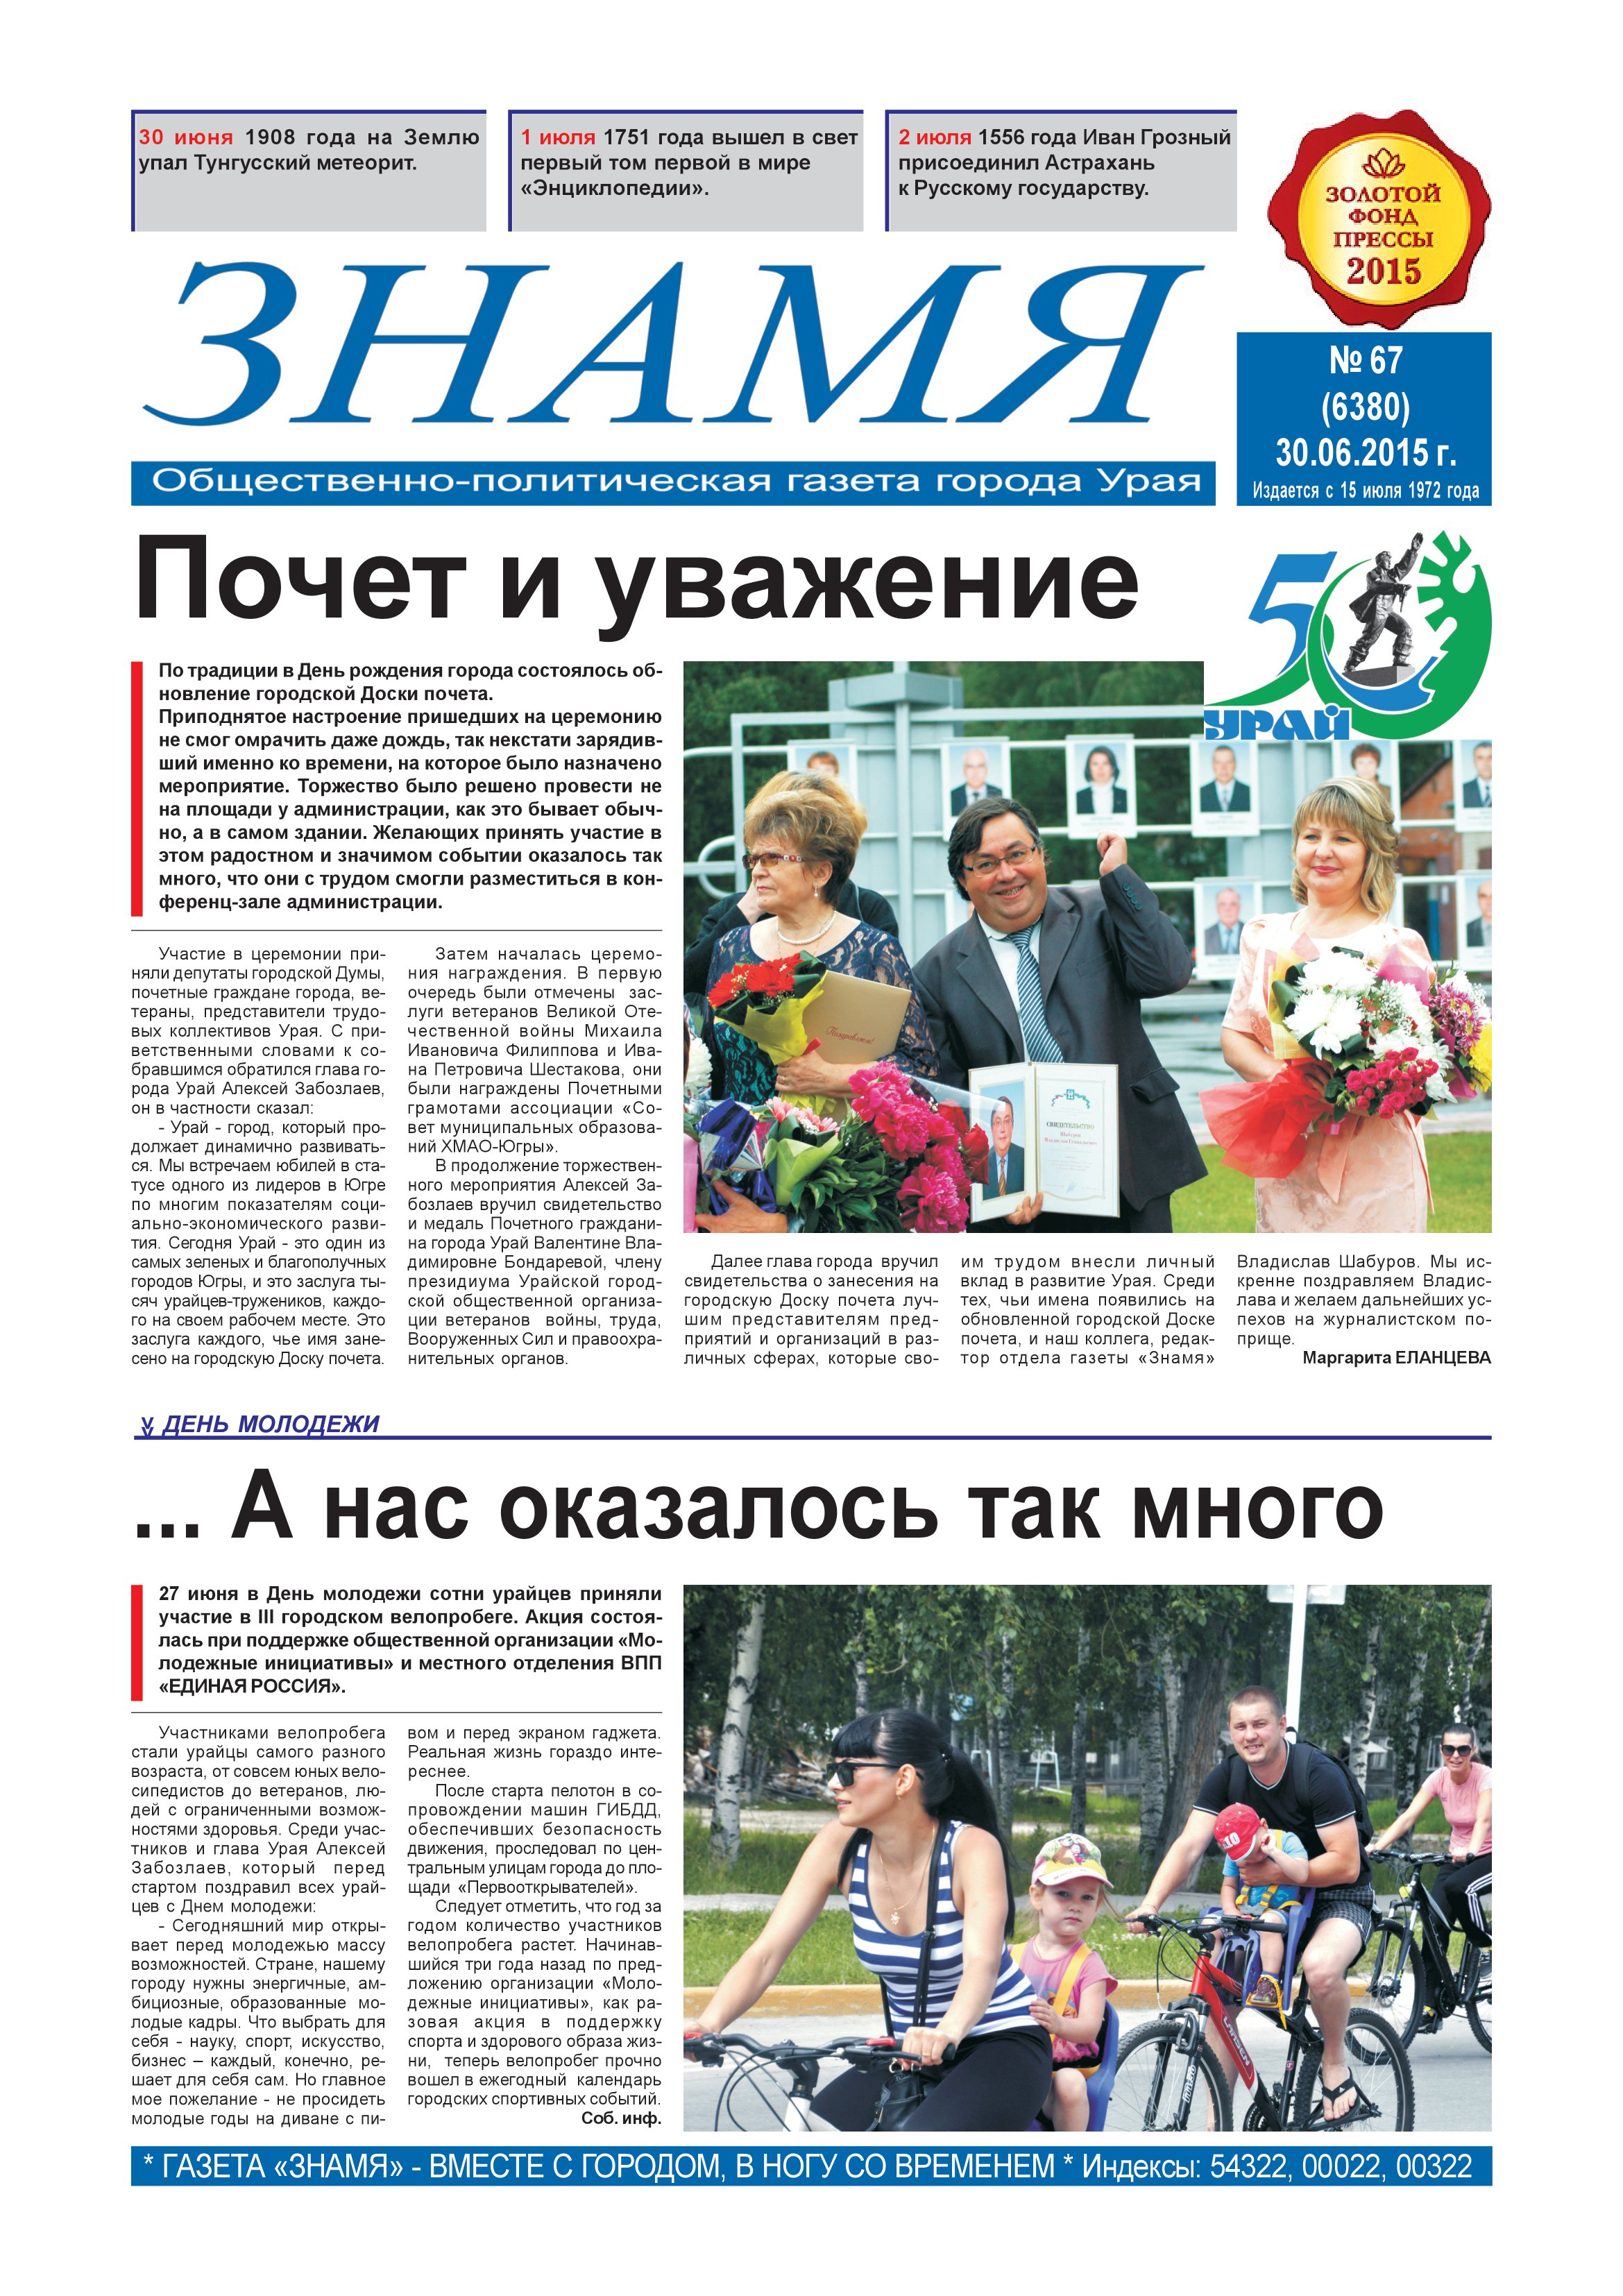
Language: ru